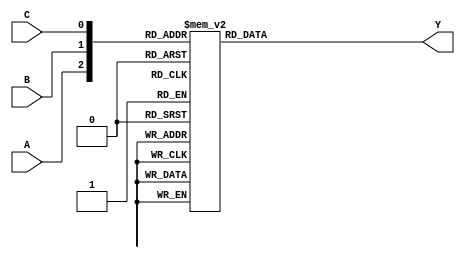
module OR_gate (
    input wire A,
    input wire B,
    input wire C,
    output reg Y
);

always @* begin
    case ({A, B, C})
        3'b000: Y = 1'b0;
        3'b001: Y = 1'b1;
        3'b010: Y = 1'b1;
        3'b011: Y = 1'b1;
        3'b100: Y = 1'b1;
        3'b101: Y = 1'b1;
        3'b110: Y = 1'b1;
        3'b111: Y = 1'b1;
    endcase
end

endmodule